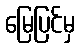
မြေပြင်မှ